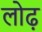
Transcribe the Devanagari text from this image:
लोढ़